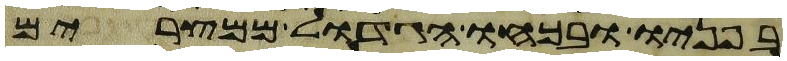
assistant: בפניו ובכחו הגדול ממצרים